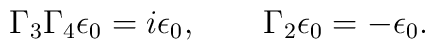
\Gamma_3\Gamma_4\epsilon_0 = i\epsilon_0, \qquad \Gamma_2\epsilon_0 =-\epsilon_0.